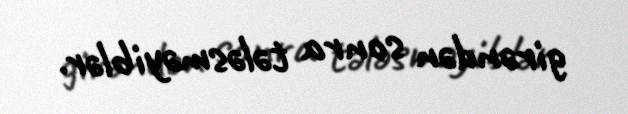
girəndən sonra tələsməyiblər.